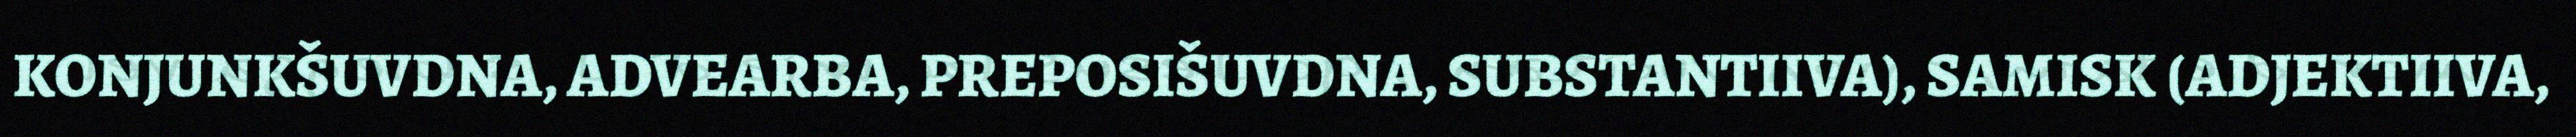
KONJUNKŠUVDNA, ADVEARBA, PREPOSIŠUVDNA, SUBSTANTIIVA), SAMISK (ADJEKTIIVA,